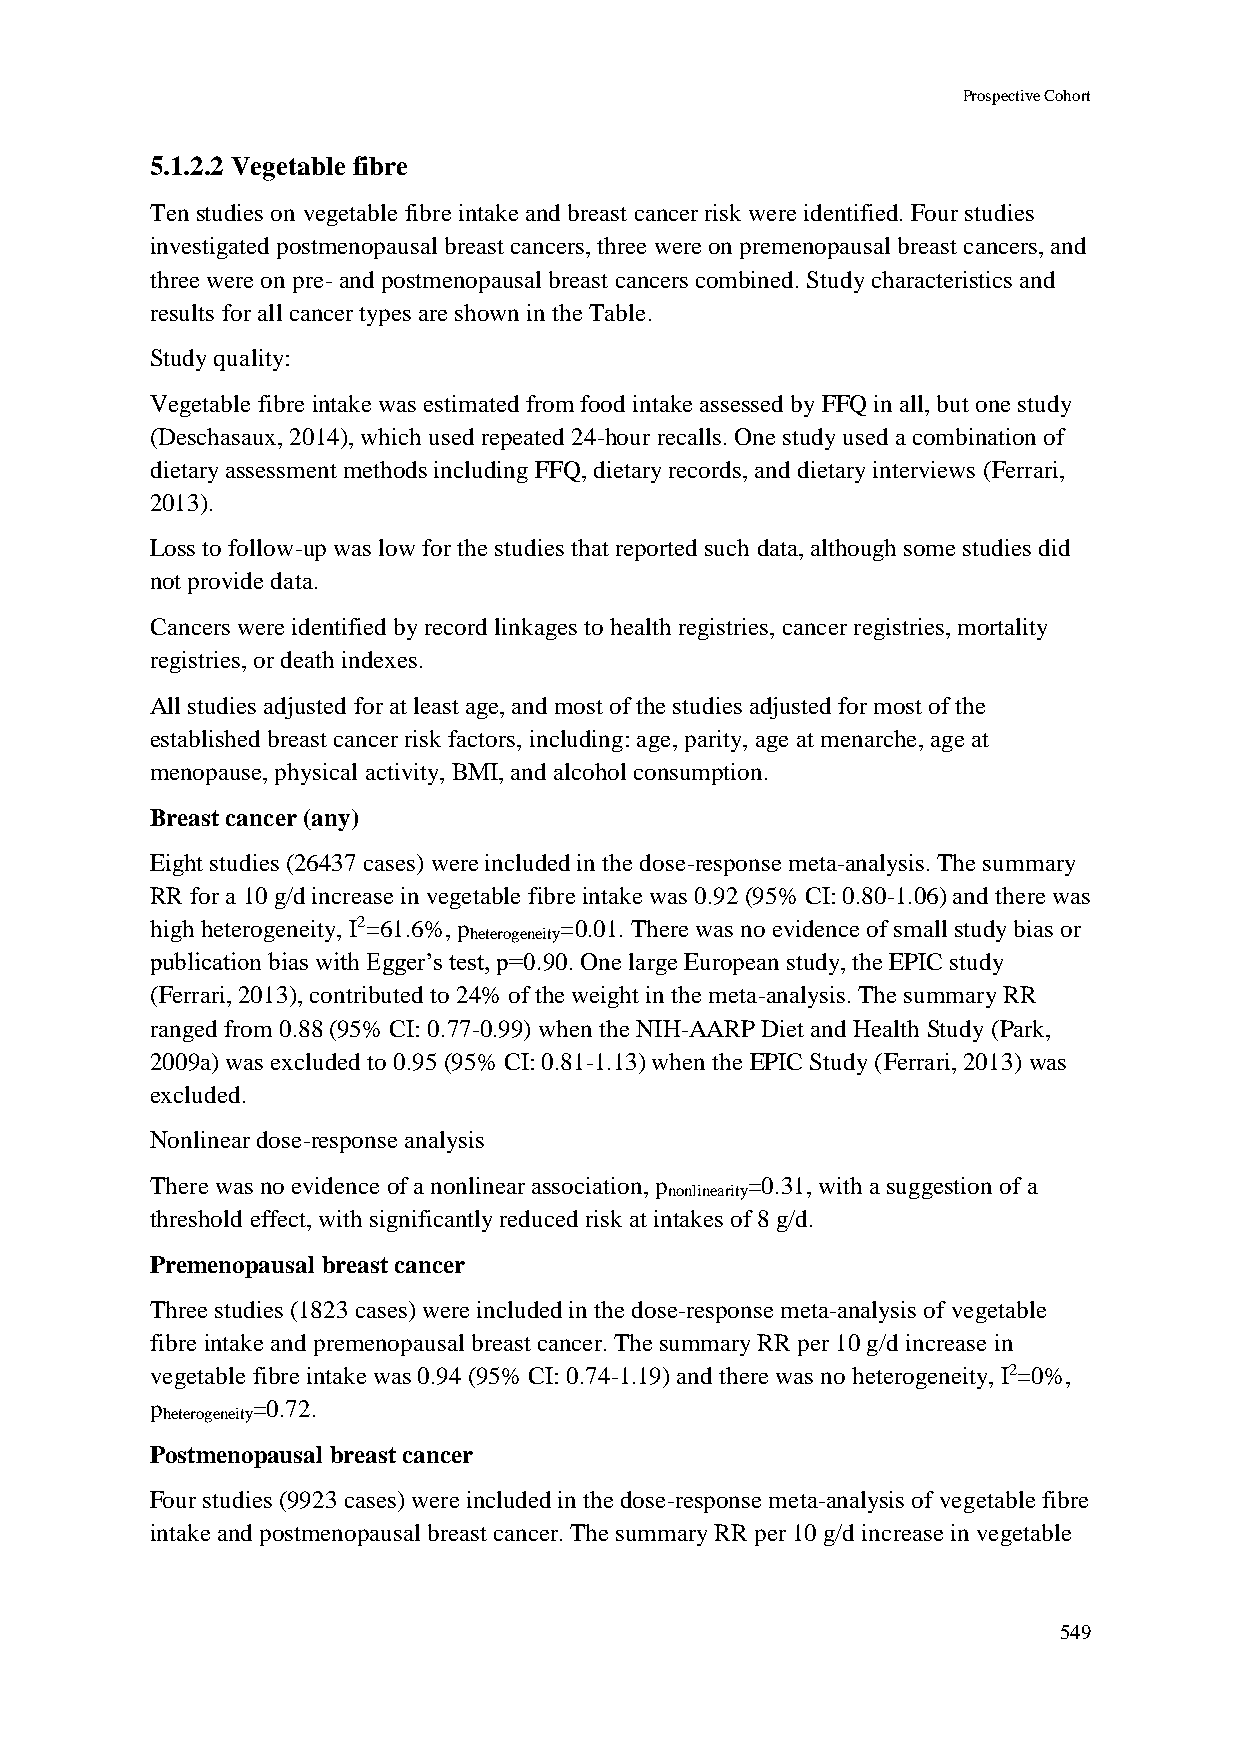
Prospective Cohort
 5.1.2.2 Vegetable fibre
 Ten studies on vegetable fibre intake and breast cancer risk were identified. Four studies
 investigated postmenopausal breast cancers, three were on premenopausal breast cancers, and
 three were on pre- and postmenopausal breast cancers combined. Study characteristics and
 results for all cancer types are shown in the Table.
 Study quality:
 Vegetable fibre intake was estimated from food intake assessed by FFQ in all, but one study
 (Deschasaux, 2014), which used repeated 24-hour recalls. One study used a combination of
 dietary assessment methods including FFQ, dietary records, and dietary interviews (Ferrari,
 2013).
 Loss to follow-up was low for the studies that reported such data, although some studies did
 not provide data.
 Cancers were identified by record linkages to health registries, cancer registries, mortality
 registries, or death indexes.
 All studies adjusted for at least age, and most of the studies adjusted for most of the
 established breast cancer risk factors, including: age, parity, age at menarche, age at
 menopause, physical activity, BMI, and alcohol consumption.
 Breast cancer (any)
 Eight studies (26437 cases) were included in the dose-response meta-analysis. The summary
 RR for a 10 g/d increase in vegetable fibre intake was 0.92 (95% CI: 0.80-1.06) and there was
 high heterogeneity, I2=61.6%, p =0.01. There was no evidence of small study bias or
 heterogeneity
 publication bias with Egger’s test, p=0.90. One large European study, the EPIC study
 (Ferrari, 2013), contributed to 24% of the weight in the meta-analysis. The summary RR
 ranged from 0.88 (95% CI: 0.77-0.99) when the NIH-AARP Diet and Health Study (Park,
 2009a) was excluded to 0.95 (95% CI: 0.81-1.13) when the EPIC Study (Ferrari, 2013) was
 excluded.
 Nonlinear dose-response analysis
 There was no evidence of a nonlinear association, p =0.31, with a suggestion of a
 nonlinearity
 threshold effect, with significantly reduced risk at intakes of 8 g/d.
 Premenopausal breast cancer
 Three studies (1823 cases) were included in the dose-response meta-analysis of vegetable
 fibre intake and premenopausal breast cancer. The summary RR per 10 g/d increase in
 vegetable fibre intake was 0.94 (95% CI: 0.74-1.19) and there was no heterogeneity, I2=0%,
 p      =0.72.
 heterogeneity
 Postmenopausal breast cancer
 Four studies (9923 cases) were included in the dose-response meta-analysis of vegetable fibre
 intake and postmenopausal breast cancer. The summary RR per 10 g/d increase in vegetable
 549